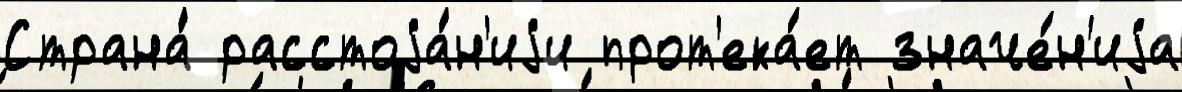
Страна́ расстоjа́н'иjи прот'ека́ет значе́н'иjа